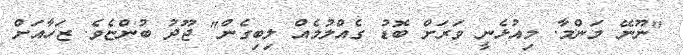
"ނޫނޭ މަންމާ. މިއުޅެނީ ވަރަށް ބޮޑު ގެއްލުމެއް ލިބިގެން" ޖޫދު ބުންޏެވެ. ޒަހާއަށް